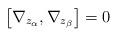
LaTeX: \begin{align*}\left[ \nabla_{z_\alpha}, \nabla_{z_\beta}\right] = 0\end{align*}